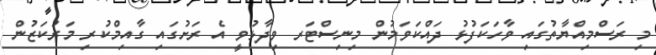
މި ރަސްމިއްޔާތުގައި ވާހަކަފުޅު ދައްކަވަމުން މިނިސްޓަރ ވިދާޅުވީ އެ ރަށުގައި ގާއިމްކުރި މަރުކަޒުން